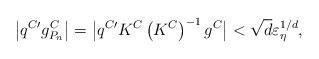
LaTeX: \begin{align*}\left\vert q^{C\prime }g_{{P_n}}^{C}\right\vert =\bigl\vert q^{C\prime}K^{C}\left( K^{C}\right) ^{-1}g^{C}\bigr\vert < \sqrt{d}\varepsilon_\eta^{1/d},\end{align*}